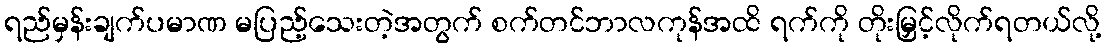
ရည်မှန်းချက်ပမာဏ မပြည့်သေးတဲ့အတွက် စက်တင်ဘာလကုန်အထိ ရက်ကို တိုးမြှင့်လိုက်ရတယ်လို့